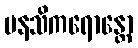
မနသိကရောန္တော